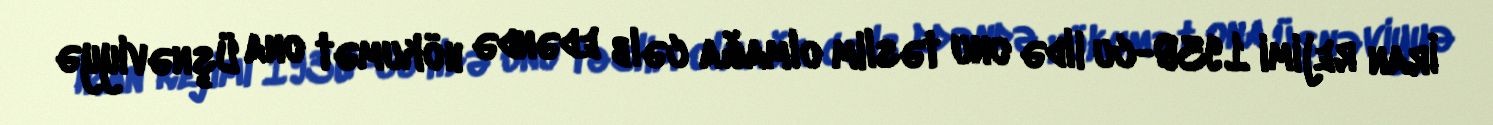
İran rejimi 1930-cu ildə onu təslim olmağa cəlb edəndə hökumət ona Üşnəviyyə